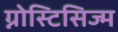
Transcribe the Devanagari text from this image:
ग्नोस्टिसिज्म